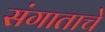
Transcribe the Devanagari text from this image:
संगाताचे